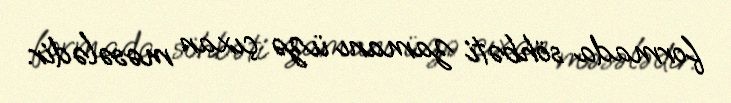
formada söhbəti zamanı üzə çıxan məsələdir.